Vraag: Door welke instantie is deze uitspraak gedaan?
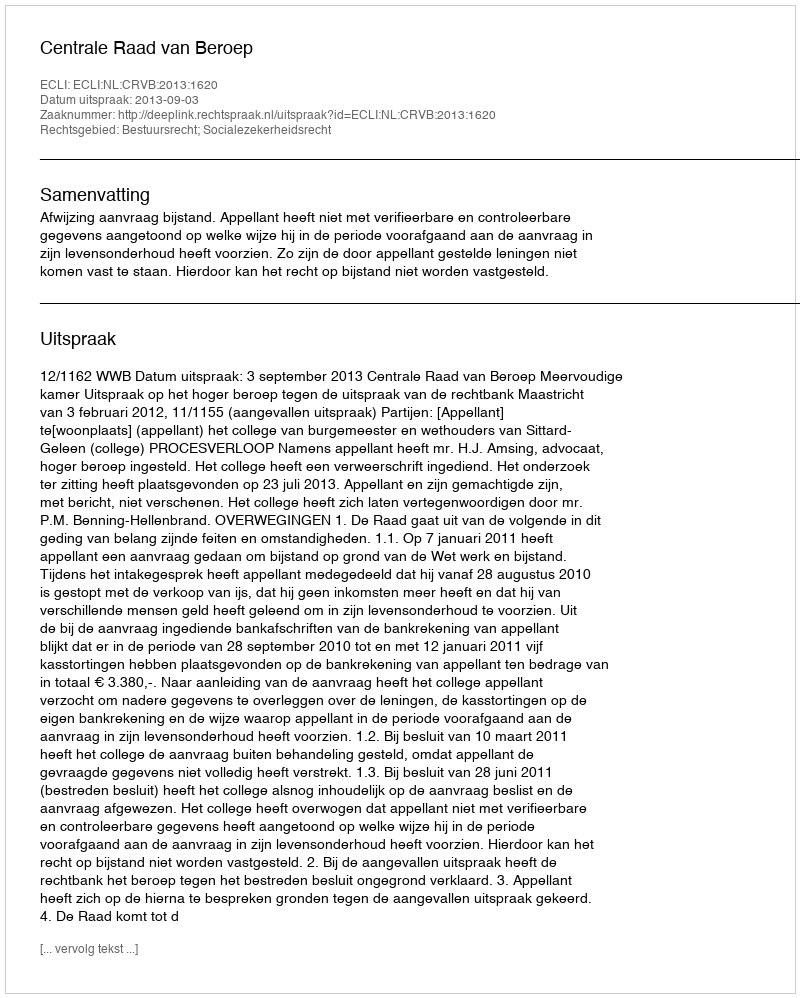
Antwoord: Centrale Raad van Beroep